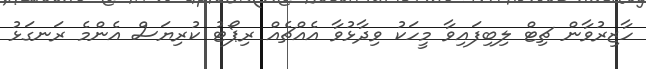
ހާޒިރުވާން ޗިޓް ލިބިފައިވާ މީހަކު ވިދާޅުވާ އެއްޗެއް ރިޕޯޓު ކުރިޔަސް އެންމެ ރަނގަޅު